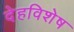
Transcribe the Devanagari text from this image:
देहविशेष